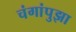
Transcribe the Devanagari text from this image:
चंगांपुझा